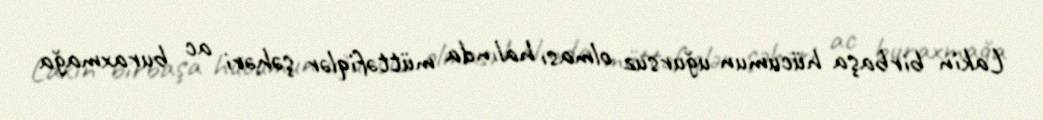
Lakin birbaşa hücumun uğursuz olması halında müttəfiqlər şəhəri ac buraxmağa